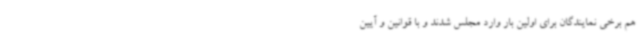
هم برخی نمایندگان برای اولین بار وارد مجلس شدند و با قوانین و آیین